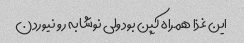
این غذا همراه کپن بود ولی نوشابه رو نیوردن